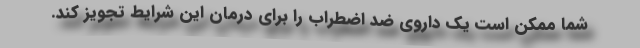
شما ممکن است یک داروی ضد اضطراب را برای درمان این شرایط تجویز کند.